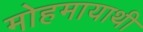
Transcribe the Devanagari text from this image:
मोहमायाथी